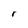
Character: r